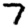
Digit: 7